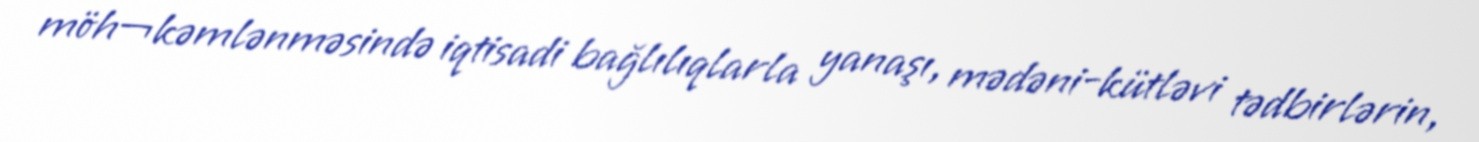
möh¬kəmlənməsində iqtisadi bağlılıqlarla yanaşı, mədəni-kütləvi tədbirlərin,